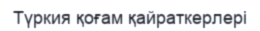
Түркия қоғам қайраткерлері